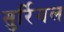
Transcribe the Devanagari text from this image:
सुर्रियल